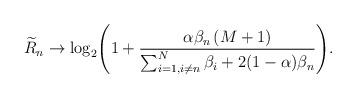
LaTeX: \begin{align*}{{\widetilde R}_n} \to {\log _2}{\left( {1 + \frac{{{\alpha}{\beta _n}\left( {M + 1} \right)}}{{\sum_{i = 1,i \ne n}^N {{\beta _i}} }+2(1-\alpha){\beta_n}}} \right)}.\end{align*}